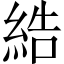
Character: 𦀽